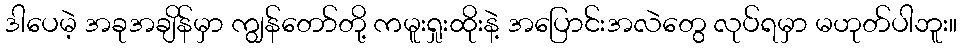
ဒါပေမဲ့ အခုအချိန်မှာ ကျွန်တော်တို့ ကမူးရှုးထိုးနဲ့ အပြောင်းအလဲတွေ လုပ်ရမှာ မဟုတ်ပါဘူး။